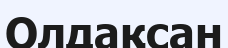
Олдақсан